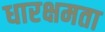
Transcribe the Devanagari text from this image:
धारक्षमता